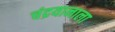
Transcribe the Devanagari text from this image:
चंद्रयानाला